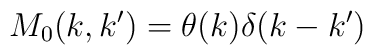
M_0 (k,k') = \theta(k) \delta(k - k')